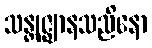
သန္တုဇ္ဈာနသညိနော